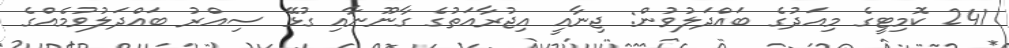
241 ކޮމިޓީގެ މިއަދުގެ ބައްދަލުވުން: ޖިނާއީ އިޖުރާއަތުގެ ގާނޫނާއި ގުޅޭ ސިއްރު ބައްދަލުވުމެއްގެ